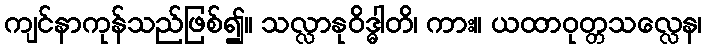
ကျင်နာကုန်သည်ဖြစ်၍။ သလ္လာနုဝိဒ္ဓါတိ၊ ကား။ ယထာဝုတ္တသလ္လေန၊